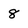
Character: 8